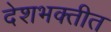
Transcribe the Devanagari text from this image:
देशभक्तीत